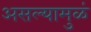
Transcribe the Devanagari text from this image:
असल्यामुळं